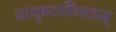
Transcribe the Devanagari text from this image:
प्राकृतपैंगलम्‌